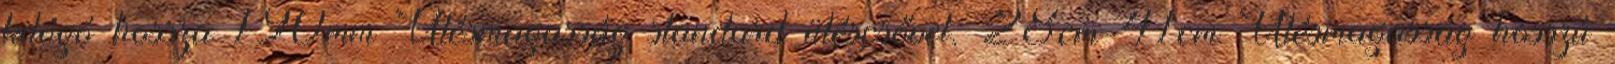
kilógó hossza 190mm Ülésmagasság standard üléscsővel: 28cm-41cm Ülésmagasság hosszú